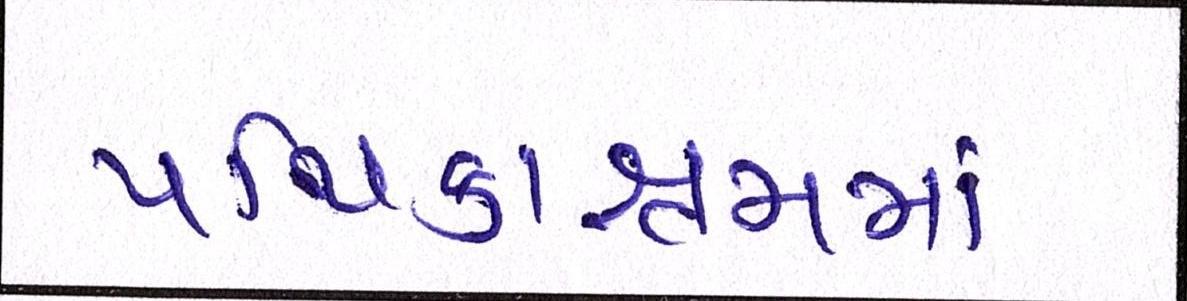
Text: પથિકાશ્રમમાં